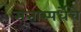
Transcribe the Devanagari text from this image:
सत्तास्पर्धेचे